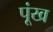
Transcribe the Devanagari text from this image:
पूंख